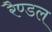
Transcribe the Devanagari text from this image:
रैण्डल